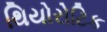
થિયોરોટિક